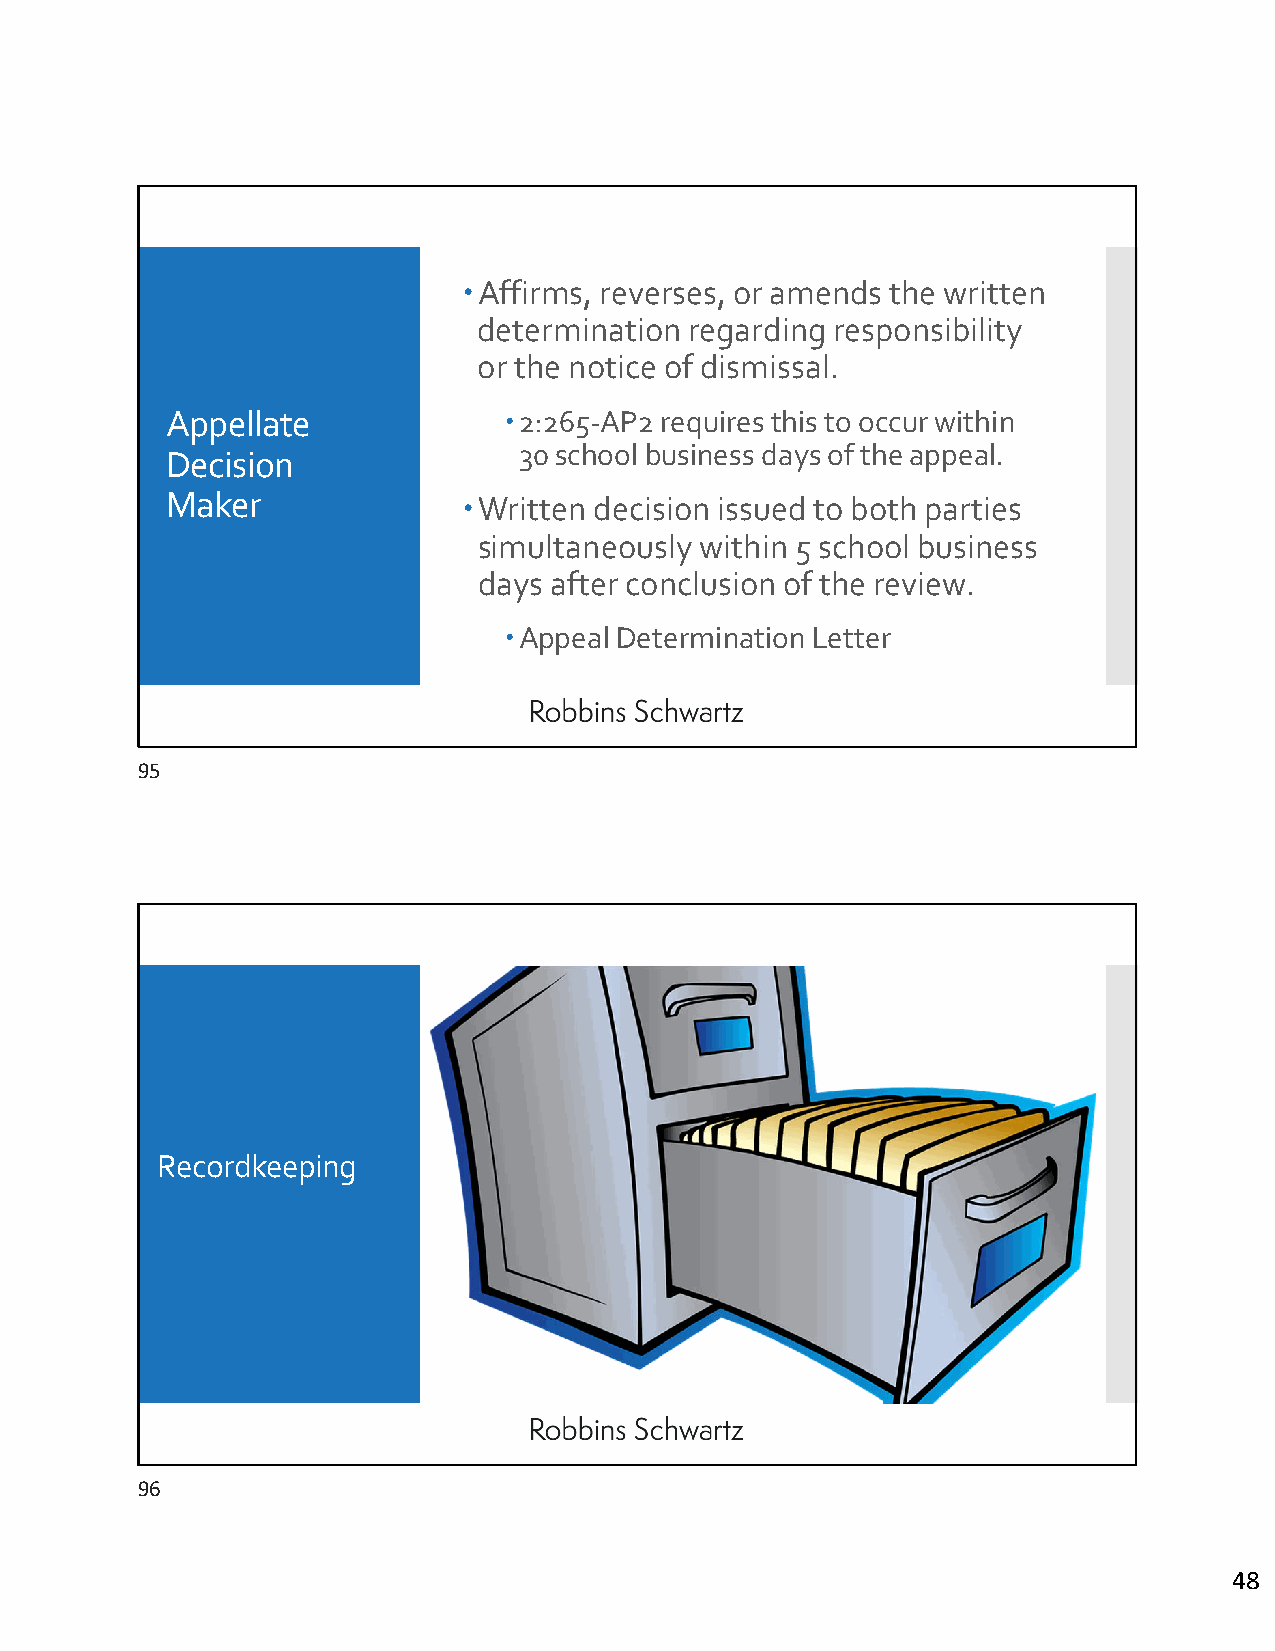
Affirms, reverses, or amends the written
 determination regarding responsibility
 or the notice of dismissal.
 Appellate             2:265‐AP2 requires this to occur within
 30 school business days of the appeal.
 Decision
 Maker               Written decision issued to both parties
 simultaneously within 5 school business
 days after conclusion of the review.
 Appeal Determination Letter
 95
 Recordkeeping
 96
 48